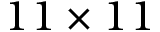
1 1 \times 1 1